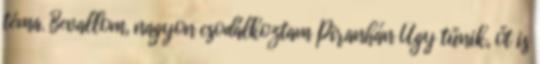
téma. Bevallom, nagyon csodálkoztam Piranhán Úgy tűnik, őt is